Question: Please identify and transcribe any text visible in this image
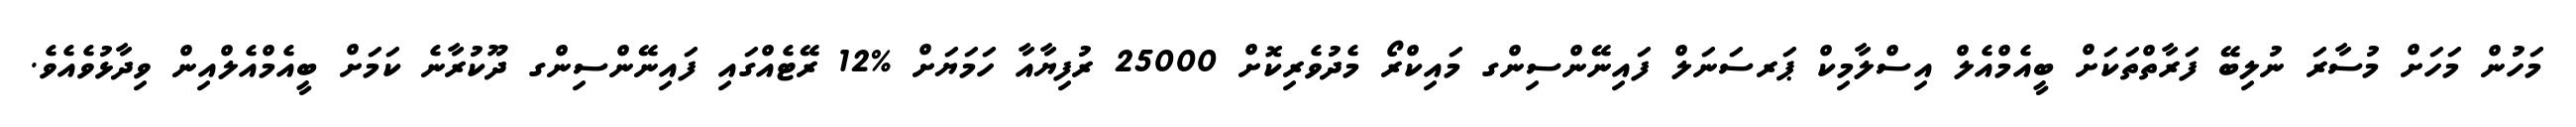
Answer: މަހުން މަހަށް މުސާރަ ނުލިބޭ ފަރާތްތަކަށް ބީއެމްއެލް އިސްލާމިކް ޕަރސަނަލް ފައިނޭންސިންގ މައިކްރޯ މެދުވެރިކޮށް 25000 ރުފިޔާއާ ހަމަޔަށް %12 ރޭޓެއްގައި ފައިނޭންސިންގ ދޫކުރާނެ ކަމަށް ބީއެމްއެލްއިން ވިދާޅުވެއެވެ.